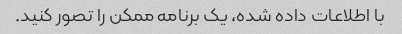
با اطلاعات داده شده، یک برنامه ممکن را تصور کنید.